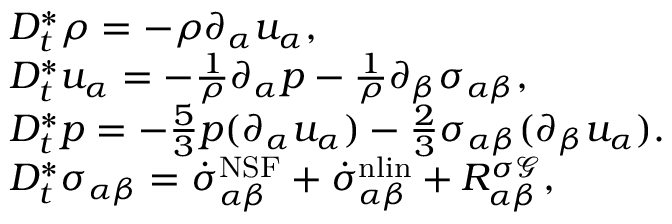
\begin{array} { r l } & { D _ { t } ^ { * } \rho = - \rho \partial _ { \alpha } u _ { \alpha } , } \\ & { D _ { t } ^ { * } u _ { \alpha } = - \frac { 1 } { \rho } \partial _ { \alpha } p - \frac { 1 } { \rho } \partial _ { \beta } { \sigma } _ { \alpha \beta } , } \\ & { D _ { t } ^ { * } p = - \frac { 5 } { 3 } p ( \partial _ { \alpha } u _ { \alpha } ) - \frac { 2 } { 3 } \sigma _ { \alpha \beta } ( \partial _ { \beta } u _ { \alpha } ) . } \\ & { D _ { t } ^ { * } \sigma _ { \alpha \beta } = \dot { \sigma } _ { \alpha \beta } ^ { \mathrm { N S F } } + \dot { \sigma } _ { \alpha \beta } ^ { \mathrm { n l i n } } + R _ { \alpha \beta } ^ { \sigma \mathcal { G } } , } \end{array}